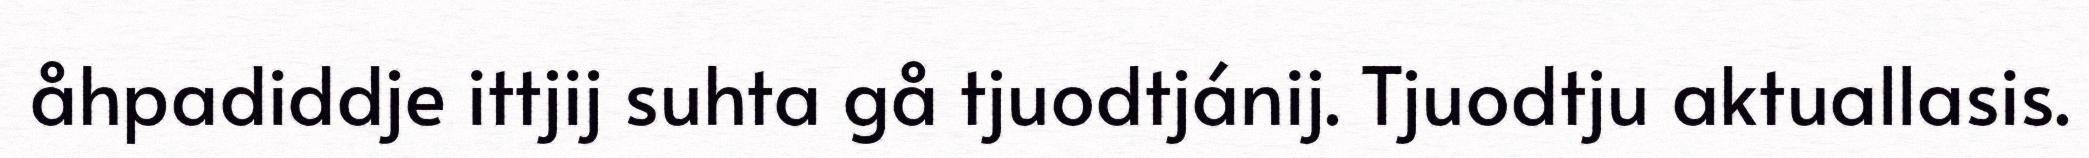
åhpadiddje ittjij suhta gå tjuodtjánij. Tjuodtju aktuallasis.